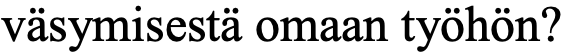
väsymisestä omaan työhön?